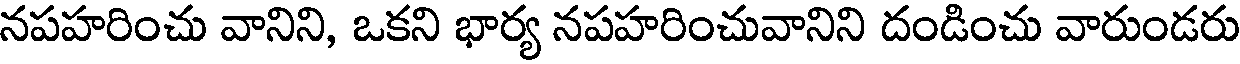
నపహరించు వానిని, ఒకని భార్య నపహరించువానిని దండించు వారుండరు